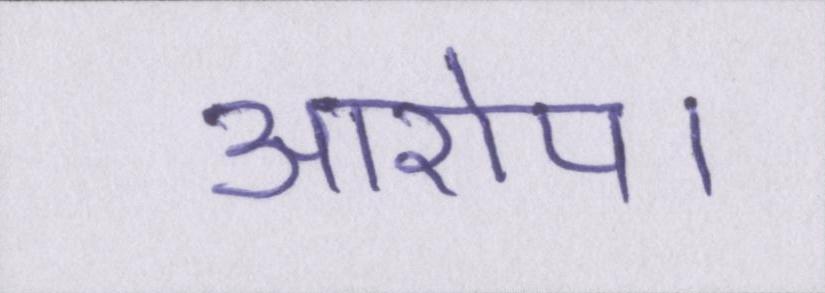
आरोप।